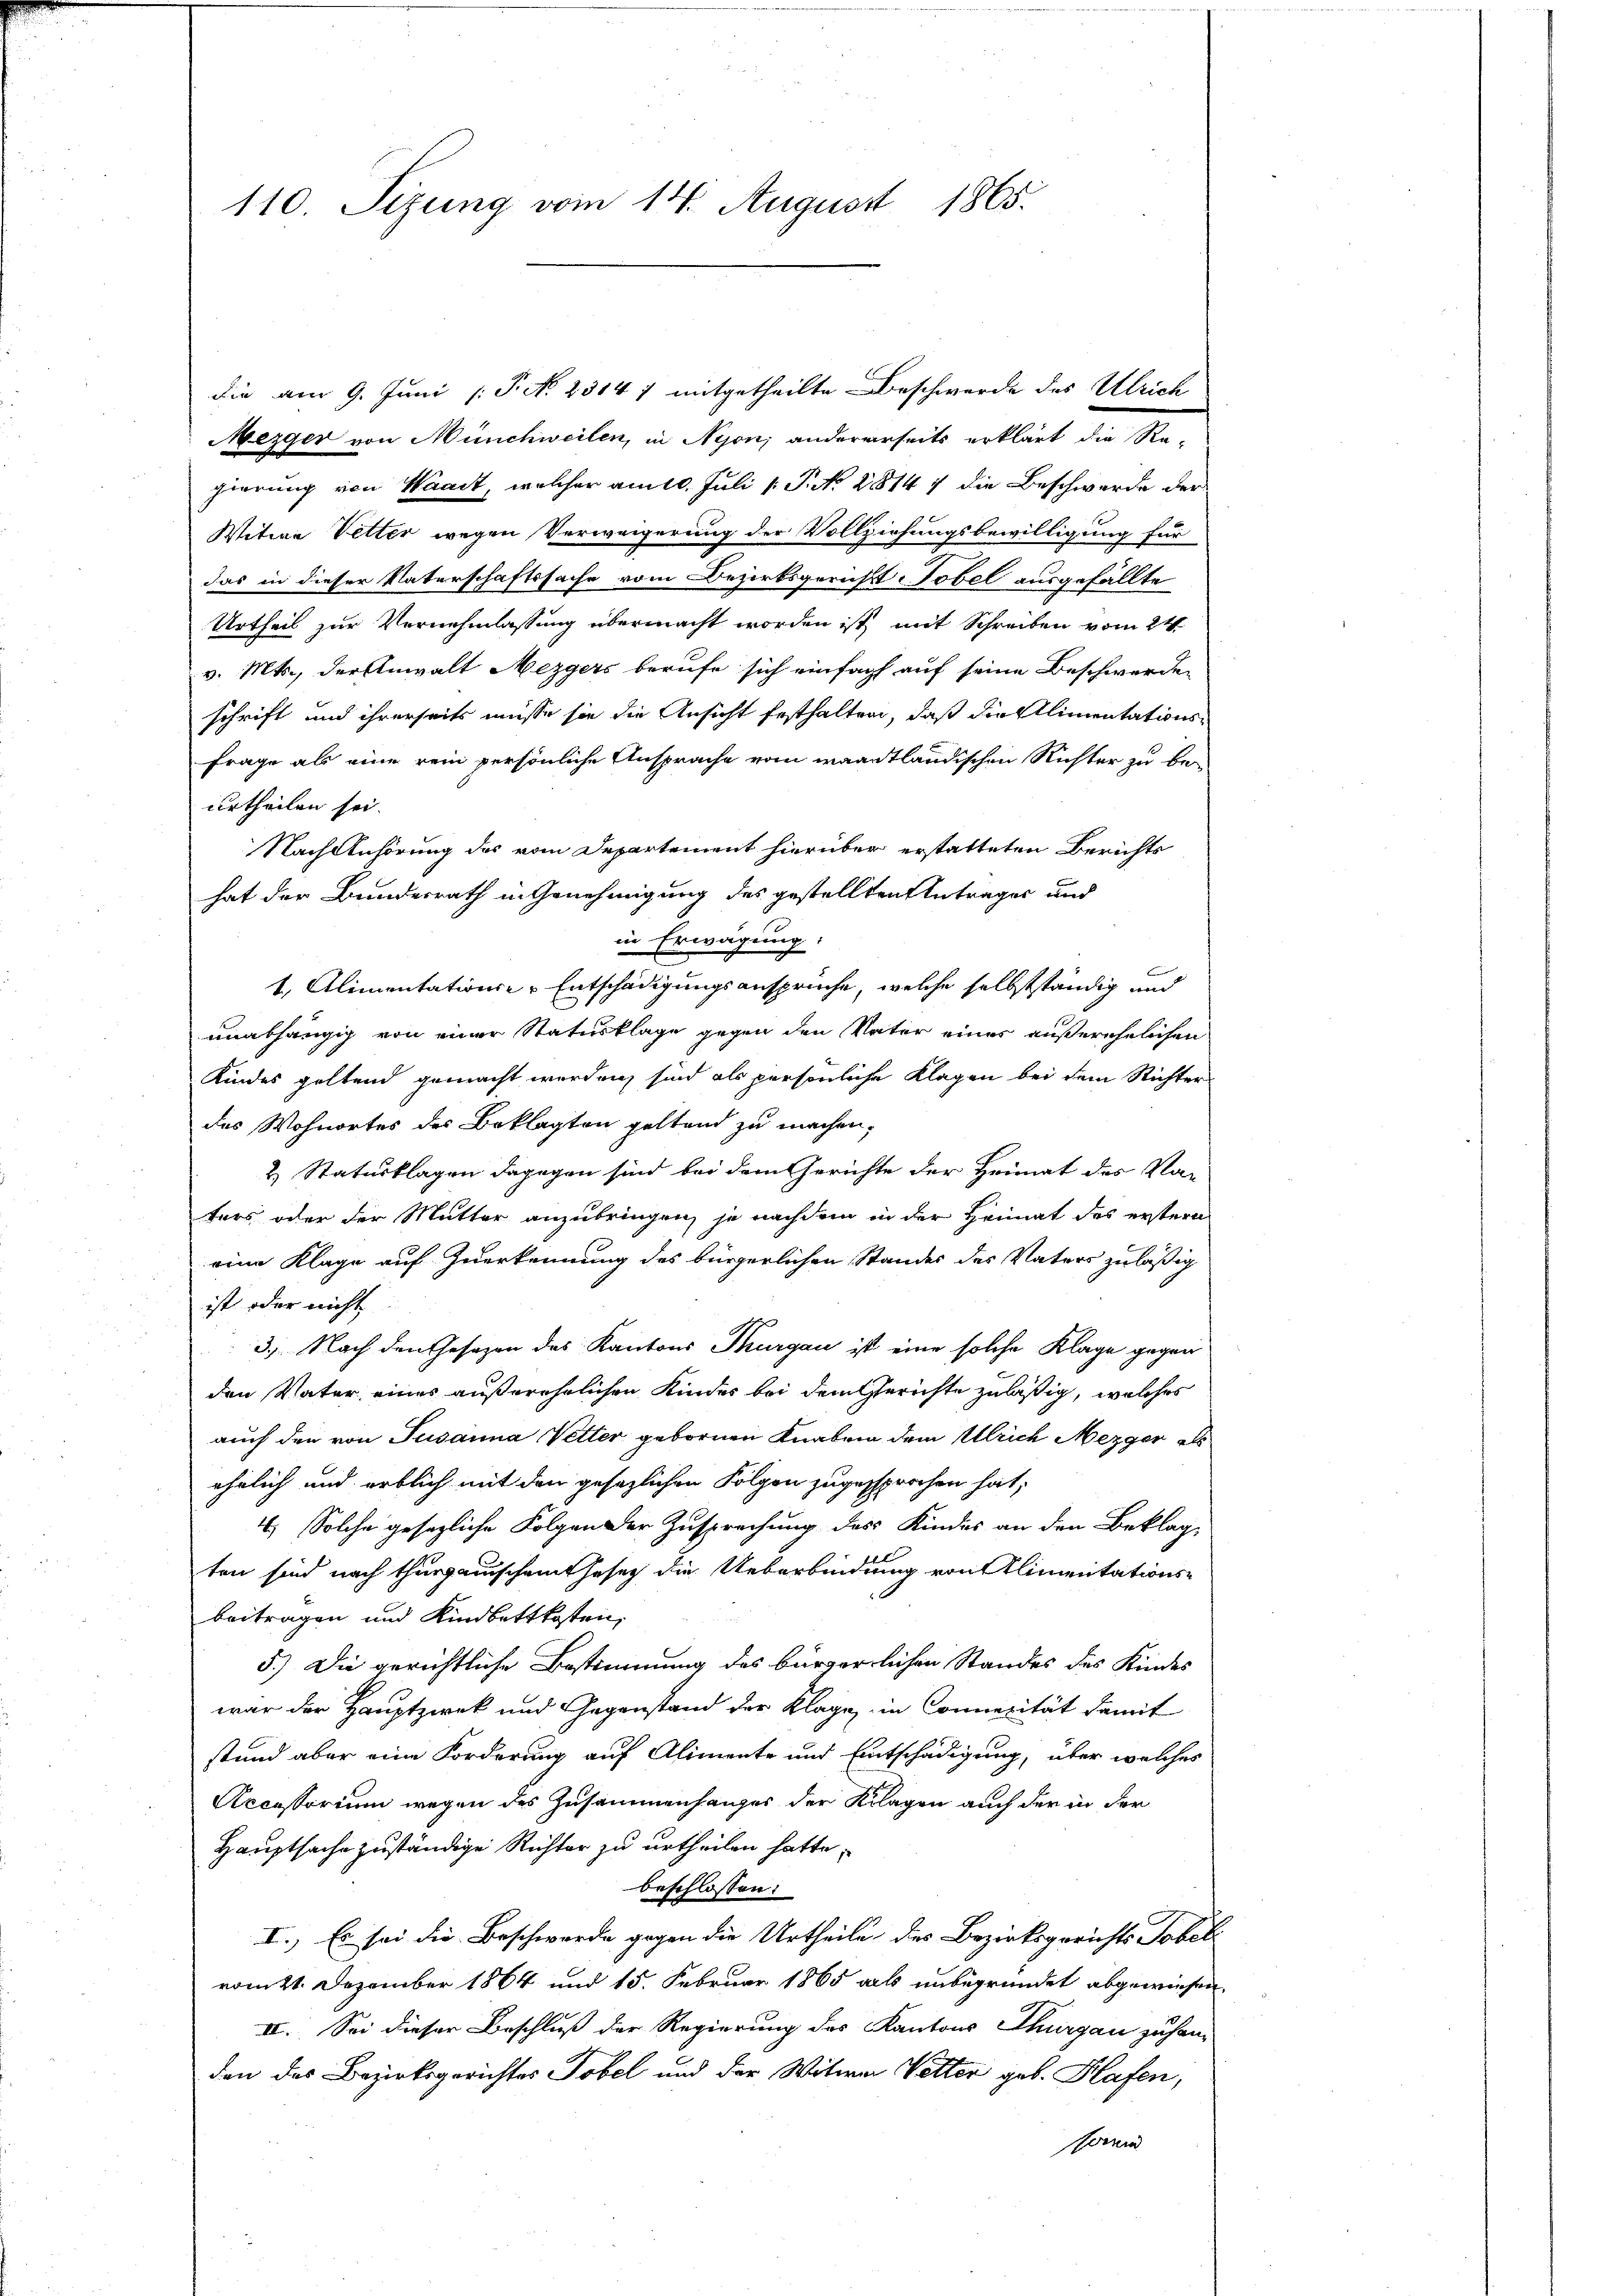
110 Sizung vom 14. August 1865.

die am 9. Juni [ P. No. 2314 1 mitgetheilte Beschwerde des Ulrich
Mezger von Münchweilen, in Nyon, andererseits erklärt die Re-
gierung von Waadt, welcher am 10. Juli [ P. N. 28147 die Beschwerde der
Witwe Vetter wegen Verweigerung der Vollziehungsbewilligung für
das in dieser Vaterschaftssache vom Bezirksgerichtt Tobel ausgefällte
Urtheil zur Vernehmlassung übermacht worden ist, mit Schreiben vom 24.
v. Mts., der Anwalt Mezgers berufe sich einfach auf seine Beschwerden
schrift und ihrerseits müsse sie die Ansicht festhalten, daß die Alimentations¬
Frage als eine rein persönliche Ansprache vom waadtländischen Richter zu beurtheilen sei.
Nach Anhörung des vom Departement hierüber erstatteten Berichts
hat der Bundesrath in Genehmigung des gestellten Antrages und
in Erwägung
1. Alimentationser Entschädigungsansprüche, welche selbstständig und
unabhängig von einer Statusklage gegen den Vater eines außerehelichen
Kindes geltend gemacht werden, sind als persönliche Klagen bei dem Richter-
des Wohnortes des Beklagten geltend zu machen.
& Statusklagen dagegen sind bei dem Gerichte der Heimat des Vaters oder der Mutter anzubringen, je nachdem in der Heimat des ersteren
eine Klage auf Zuerkennung des bürgerlichen Standes des Vaters zuläßig
ist oder nicht
3) Nach den Gesezen des Kantons Thurgau ist eine solche Klage gegenden Vater eines außerehrlichen Kindes bei dem Gerichte zuläßig, welches
auch den von Susanna Vetter gebornen Knaben dem Ulrich Mezger als
ehrlich und erblich mit den gesezlichen Folgen zugesprochen hat,
4.) Solche gesezliche Folgen der Zusprechung des Kindes an den Beklag-
ten sind nach Thurgauischeint hase die Ueberbindung von Alimentationsbeitragen und Kindbettkosten,
5.) Die gerichtliche Bestimmung des bürgerlichen Standes des Kindes
war der Hauptzwek und Gegenstand der Klage, in Connerität damit
stund aber eine Forderung auf Alimente und Entschädigung, über welches
Recessorium wegen des Zusammenhanges der Klagen auch der in der
Hauptsache zuständige Richter zu urtheilen hatte,
beschlossen:
I.) Es sei die Beschwerde gegen die Urtheile des Bezirksgerichts Tobel
vom 21. Dezember 1864 und 15. Februar 1865 als unbegründet abgewiesen
II. Sei dieser Beschluß der Regierung des Kantons Thurgau zu handen das Bezirksgerichtes Tobel und der Witwer Vetter geb. Hafen,
orni